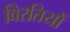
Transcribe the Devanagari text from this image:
विरतियों